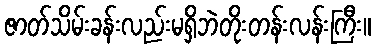
ဇာတ်သိမ်းခန်းလည်းမရှိဘဲတိုးတန်းလန်းကြီး။